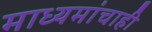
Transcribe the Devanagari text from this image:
माध्यमांचाही